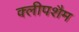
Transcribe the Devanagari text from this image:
क्लीपशैम